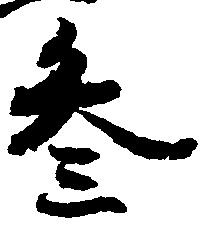
参